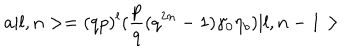
LaTeX: a \vert l , n > = ( q p ) ^ { l } ( { \frac { p } { q } } ( q ^ { 2 n } - 1 ) \gamma _ { 0 } \eta _ { b } ) \vert l , n - 1 >